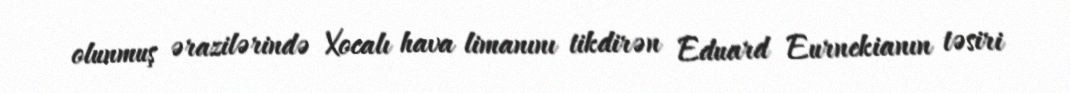
olunmuş ərazilərində Xocalı hava limanını tikdirən Eduard Eurnekianın təsiri